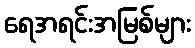
ရေအရင်းအမြစ်များ